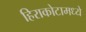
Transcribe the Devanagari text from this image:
हिराकोटामध्ये